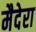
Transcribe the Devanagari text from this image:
मैदेरा